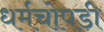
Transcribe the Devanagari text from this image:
धर्मचोपडी